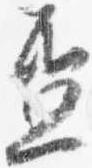
盃